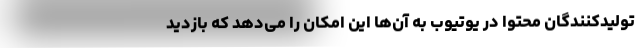
تولیدکنندگان محتوا در یوتیوب به آن‌ها این امکان را می‌دهد که بازدید